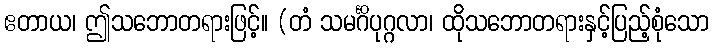
ဧတာယ၊ ဤသဘောတရားဖြင့်။ (တံ သမင်္ဂိပုဂ္ဂလာ၊ ထိုသဘောတရားနှင့်ပြည့်စုံသော